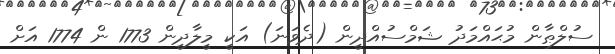
ސުލްޠާން މުޙައްމަދު ޝަމްސުއްދީން (ދެވަނަ) އަކީ މީލާދީން 1773 ން 1774 އަށް